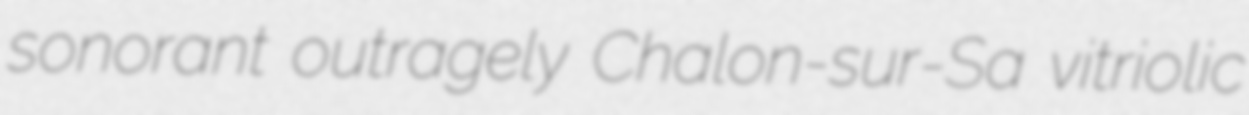
sonorant outragely Chalon-sur-Sa vitriolic